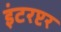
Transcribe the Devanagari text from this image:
इंटरप्टर